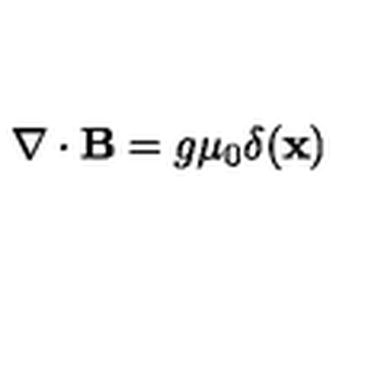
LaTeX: \nabla \cdot { \bf B } = g { \mu } _ { 0 } \delta ( { \bf x } )